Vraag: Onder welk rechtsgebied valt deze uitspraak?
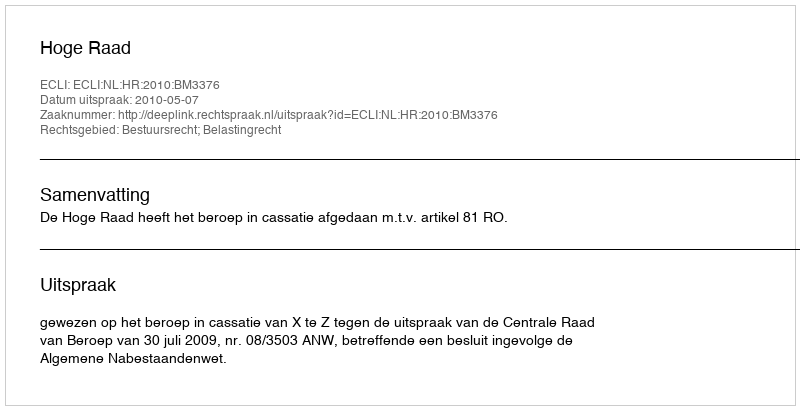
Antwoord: Bestuursrecht; Belastingrecht